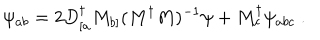
LaTeX: \psi _ { a b } = 2 D _ { [ a } ^ { \dagger } M _ { b ] } ( M ^ { \dagger } M ) ^ { - 1 } \psi + M _ { c } ^ { \dagger } \psi _ { a b c } \ .